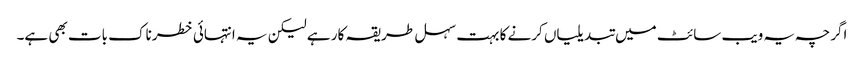
اگرچہ یہ ویب سائٹ میں تبدیلیاں کرنے کا بہت سہل طریقہ کار ہے لیکن یہ انتہائی خطرناک بات بھی ہے۔